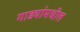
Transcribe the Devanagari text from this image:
गाड्यांमधील